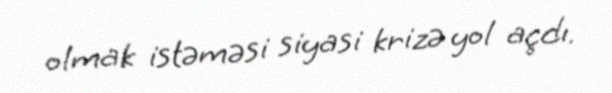
olmak istəməsi siyasi krizə yol açdı.